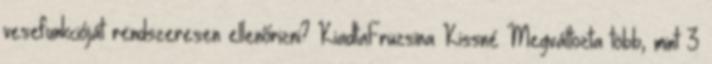
vesefunkcióját rendszeresen ellenőrizni? KiadtaFruzsina Kissné Megváltozta több, mint 3